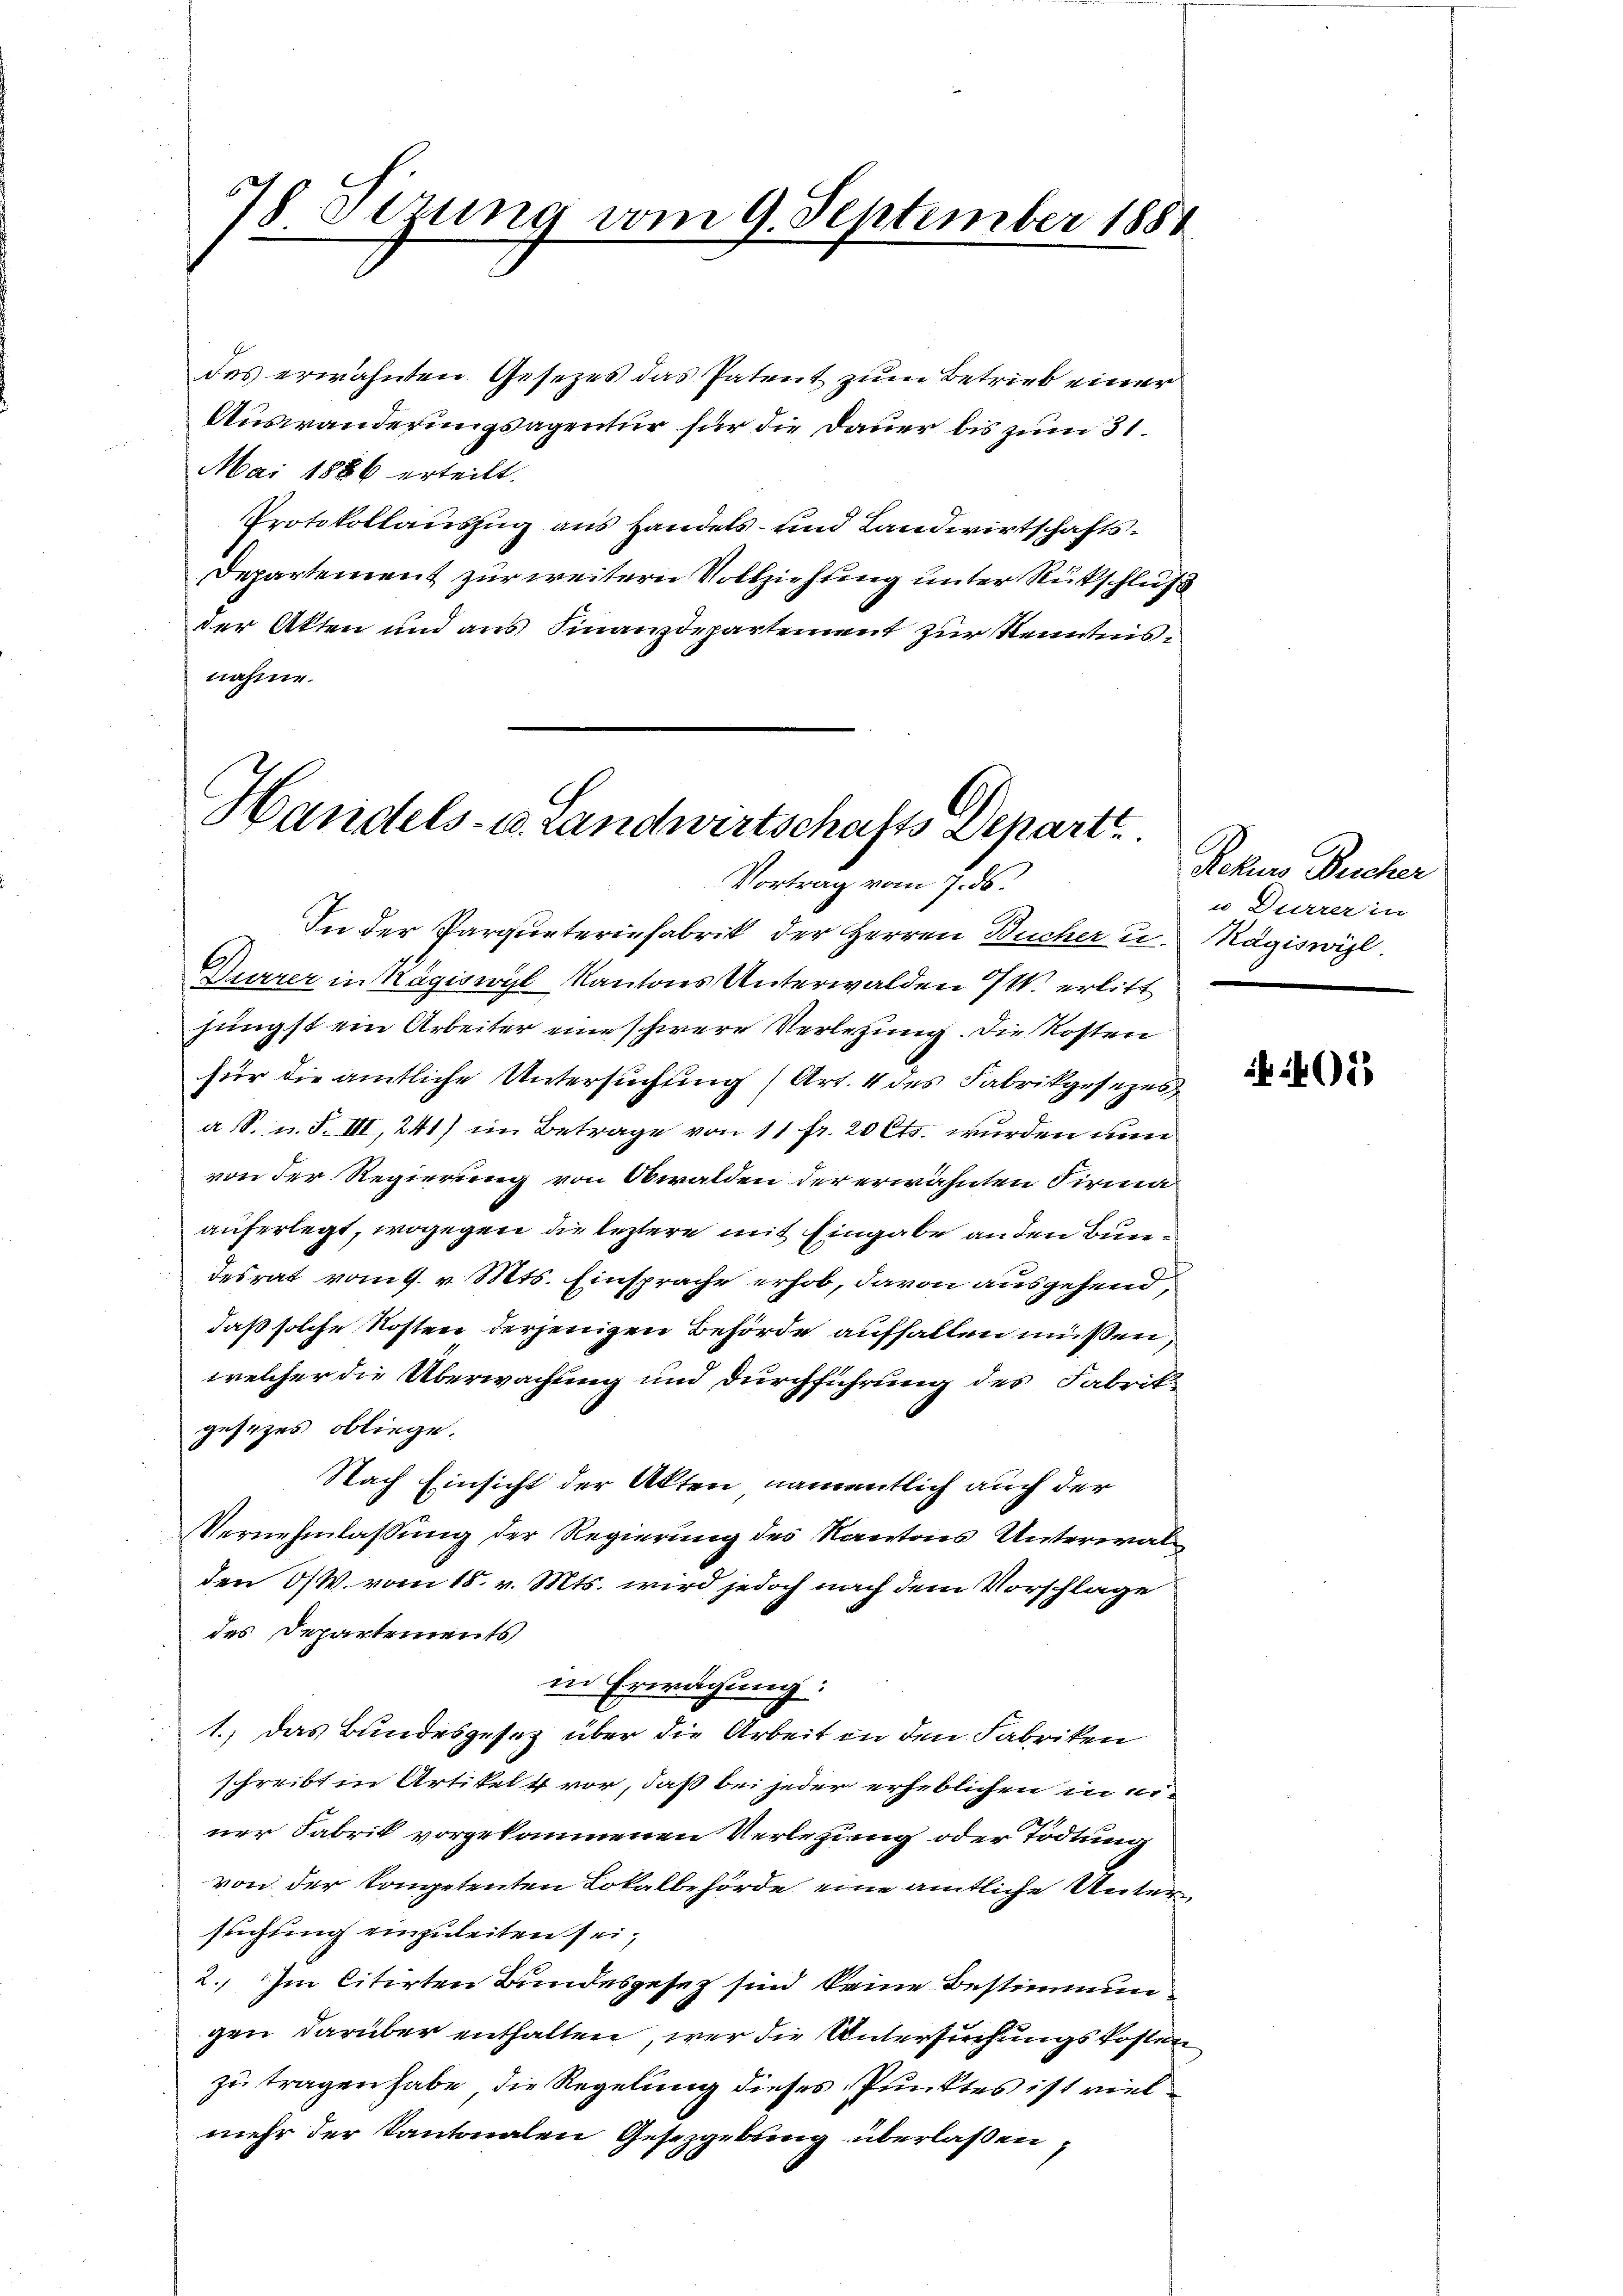
78 derung vom 9. September 1881

des erwähnten Gesetzes das Patent zum Betrieb einer
Auswanderungsagentur für die Dauer bis zum 31.
Mai 1886 erteilt.
Protokollauszug aus Handels- und Landwirtschafts¬
Departement zur weitern Vollziehung unter Rückschluß
der Akten und aus Finanzdepartement zur Kenntnisnahme.

C
Handels- u. Landwirtschafts Departt
Vortrag vom 7. ds.

In der Parqueterinfabrik der Herren Bucher u. Magiswil.
Durrer in Kägiswyl Kantons Unterwalden W. erlitt
jüngst ein Arbeiter eine schwere Verlegung. Die Kosten
für die amtliche Untersuchung (Art. 4 des Fabrikgesezes
a. S. u. F. III, 241) im Betrage von 11 fr. 20 Cts. wurden nun
von der Regierung von Obwalden der erwähnten Firmaauferlegt, wogegen die leztere mit Eingabe an den Bundesrat vom 9. v. Mts. Einsprache erhob, davon ausgehend,
daß solche Kosten derjenigen Behörde auffallen müssen,
welcher die Überwachung und durchführung des Fabrit
gesezes obliege.
1
Nach Einsicht der Akten, namentlich auch der
Vernehmlassung der Regierung des Kantons Unterwalden O/W. vom 18. v. Mts. wird jedoch nach dem Vorschlage
des Departements
in Erwägung:
1.) Das Bundesgesetz über die Arbeit in den Fabriken
schreibt in Artikel vor, daß bei jeder erheblichen in einer Fabrik vorgekommenen Verlegung oder Tödtung
von der kompetenten Lokalbehörde eine amtliche Unterstichung einzuleiten sei,
2.) Im citirten Bundesgesez sind keine Bestimmungen darüber enthalten, wer die Untersuchungskosten
zu tragen habe, die Regelung dieses Punktes ist viel
mehr der Kantonalen Gesetzgebung überlassen,

Rekus Bucher
u Dürrer in

5